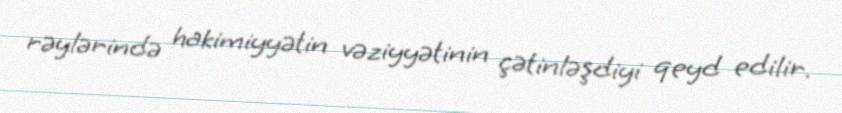
rəylərində hakimiyyətin vəziyyətinin çətinləşdiyi qeyd edilir.